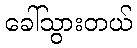
ခေါ်သွားတယ်